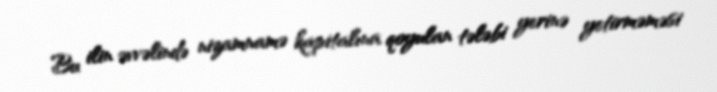
Bu ilin əvvəlində nizamnamə kapitalına qoyulan tələbi yerinə yetirməməsi